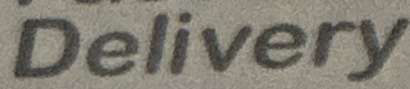
Delivery